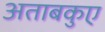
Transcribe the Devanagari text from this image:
अताबकुए